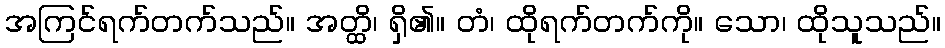
အကြင်ရက်တက်သည်။ အတ္ထိ၊ ရှိ၏။ တံ၊ ထိုရက်တက်ကို။ သော၊ ထိုသူသည်။